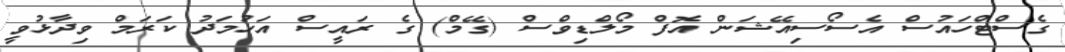
ގެސްޓްހައުސް އެސޯސިއޭޝަން އޮފް މޯލްޑިވްސް (ގޭމް) ގެ ރައީސް އަހުމަދު ކަރަމް ވިދާޅުވީ